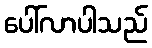
ပေါ်လာပါသည်